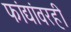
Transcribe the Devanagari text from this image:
फांद्यांवरही